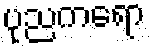
ပုညကရော